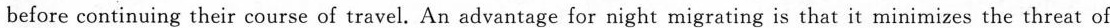
before continuing their course of travel. An advantage for night migrating is that it minirnizes the threat of